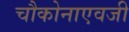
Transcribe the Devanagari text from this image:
चौकोनाएवजी